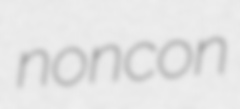
noncon